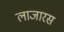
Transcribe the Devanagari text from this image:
लाजारस